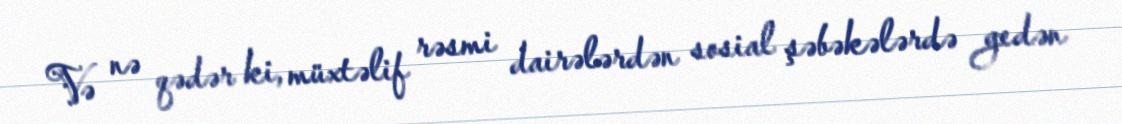
Və nə qədər ki, müxtəlif rəsmi dairələrdən sosial şəbəkələrdə gedən